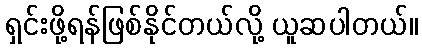
ရှင်းဖို့ရန်ဖြစ်နိုင်တယ်လို့ ယူဆပါတယ်။